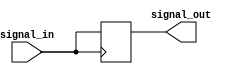
module timing_control_sync(
    input wire signal_in,
    output reg signal_out
);

reg [1:0] delay;

always @(posedge signal_in) begin
    #10; // Delay of 10 time units
    signal_out <= signal_in;
end

endmodule